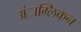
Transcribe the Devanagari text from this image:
अंाग्लिकन